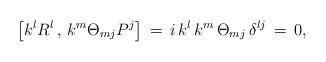
LaTeX: \begin{align*}\left[k^l R^l\,,\,k^m \Theta_{mj} P^j\right]\,=\,i\,k^l \,k^m \,\Theta_{mj}\,\delta^{lj}\,=\,0,\end{align*}